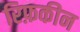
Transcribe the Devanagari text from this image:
रिफ़कीन